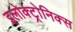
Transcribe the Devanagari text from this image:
इलोक्ट्रोनिक्स